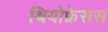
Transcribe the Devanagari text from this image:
थियोफ्रेसस